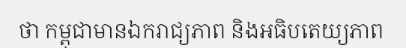
ថា កម្ពុជាមានឯករាជ្យភាព និងអធិបតេយ្យភាព